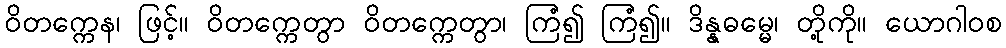
ဝိတက္ကေန၊ ဖြင့်။ ဝိတက္ကေတွာ ဝိတက္ကေတွာ၊ ကြံ၍ ကြံ၍။ ဒိန္နဓမ္မေ၊ တို့ကို။ ယောဂါဝစ